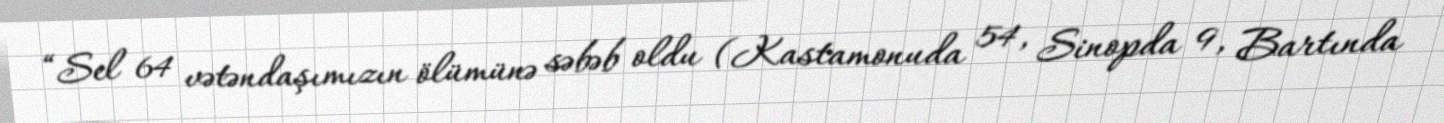
“Sel 64 vətəndaşımızın ölümünə səbəb oldu (Kastamonuda 54, Sinopda 9, Bartında